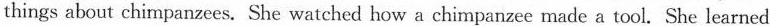
things about chimpanzees. She watched how a chimpanzee made a tool. She learned